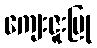
ကျေးဇူးပြု